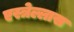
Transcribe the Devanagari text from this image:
एस्त्रेल्लास